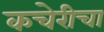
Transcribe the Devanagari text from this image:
कचेरीचा